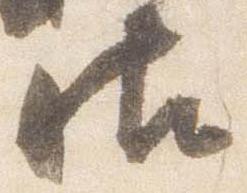
御